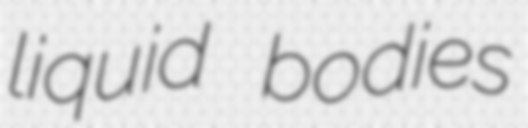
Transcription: liquid bodies